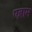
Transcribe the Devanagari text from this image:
एब्राम